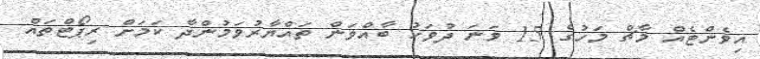
އިވެންޓެއް މާޗް މަހުގެ 15 ވަނަ ދުވަހު ބާއްވަން ތައްޔާރުވަމުންދާ ކަމަށް ރިޕޯޓްތައް